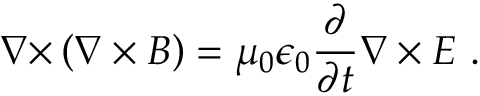
{ \boldsymbol { \nabla \times } } \left( { \boldsymbol { \nabla \times B } } \right) = \mu _ { 0 } \epsilon _ { 0 } { \frac { \partial } { \partial t } } { \boldsymbol { \nabla \times E } } \ .